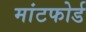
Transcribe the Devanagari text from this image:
मांटफोर्ड